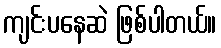
ကျင်းပနေဆဲ ဖြစ်ပါတယ်။